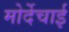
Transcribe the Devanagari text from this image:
मोर्देचाई